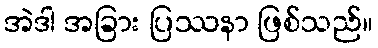
အဲဒါ အခြား ပြဿနာ ဖြစ်သည်။